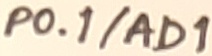
Text: P0.1/AD1